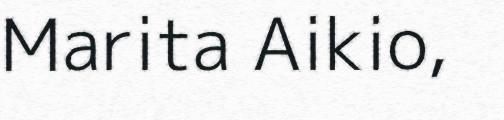
Marita Aikio,